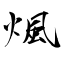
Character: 煈